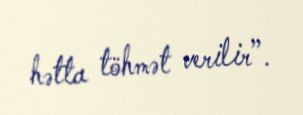
hətta töhmət verilir”.